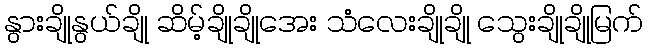
နွားချိုနွယ်ချို ဆိမ့်ချိုချိုအေး သံလေးချိုချို သွေးချိုချိုမြက်